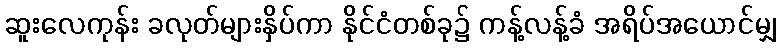
ဆူးလေကုန်း ခလုတ်များနှိပ်ကာ နိုင်ငံတစ်ခု၌ ကန့်လန့်ခံ အရိပ်အယောင်မျှ